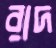
রাদ